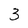
Character: 3